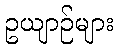
ဥယျာဉ်များ